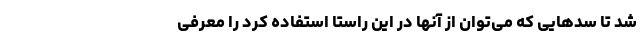
شد تا سدهایی که می‌توان از آنها در این راستا استفاده کرد را معرفی